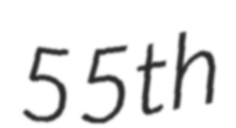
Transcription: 55th